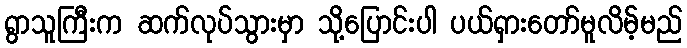
ရွာသူကြီးက ဆက်လုပ်သွားမှာ သို့ပြောင်းပါ ပယ်ရှားတော်မူလိမ့်မည်